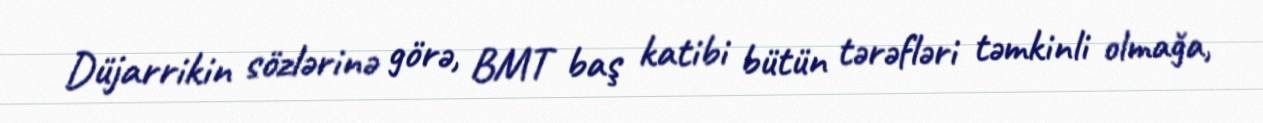
Düjarrikin sözlərinə görə, BMT baş katibi bütün tərəfləri təmkinli olmağa,